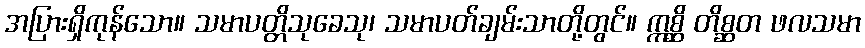
အပြားရှိကုန်သော။ သမာပတ္တိသုခေသု၊ သမာပတ်ချမ်းသာတို့တွင်။ ဣစ္ဆိ တိစ္ဆတ ဖလသမာ